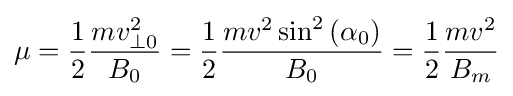
\mu ={\frac {1}{2}}{\frac {mv_{\perp 0}^{2}}{B_{0}}}={\frac {1}{2}}{\frac {mv^{2}\sin ^{2}\left(\alpha _{0}\right)}{B_{0}}}={\frac {1}{2}}{\frac {mv^{2}}{B_{m}}}